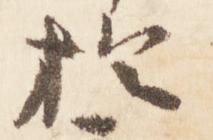
於